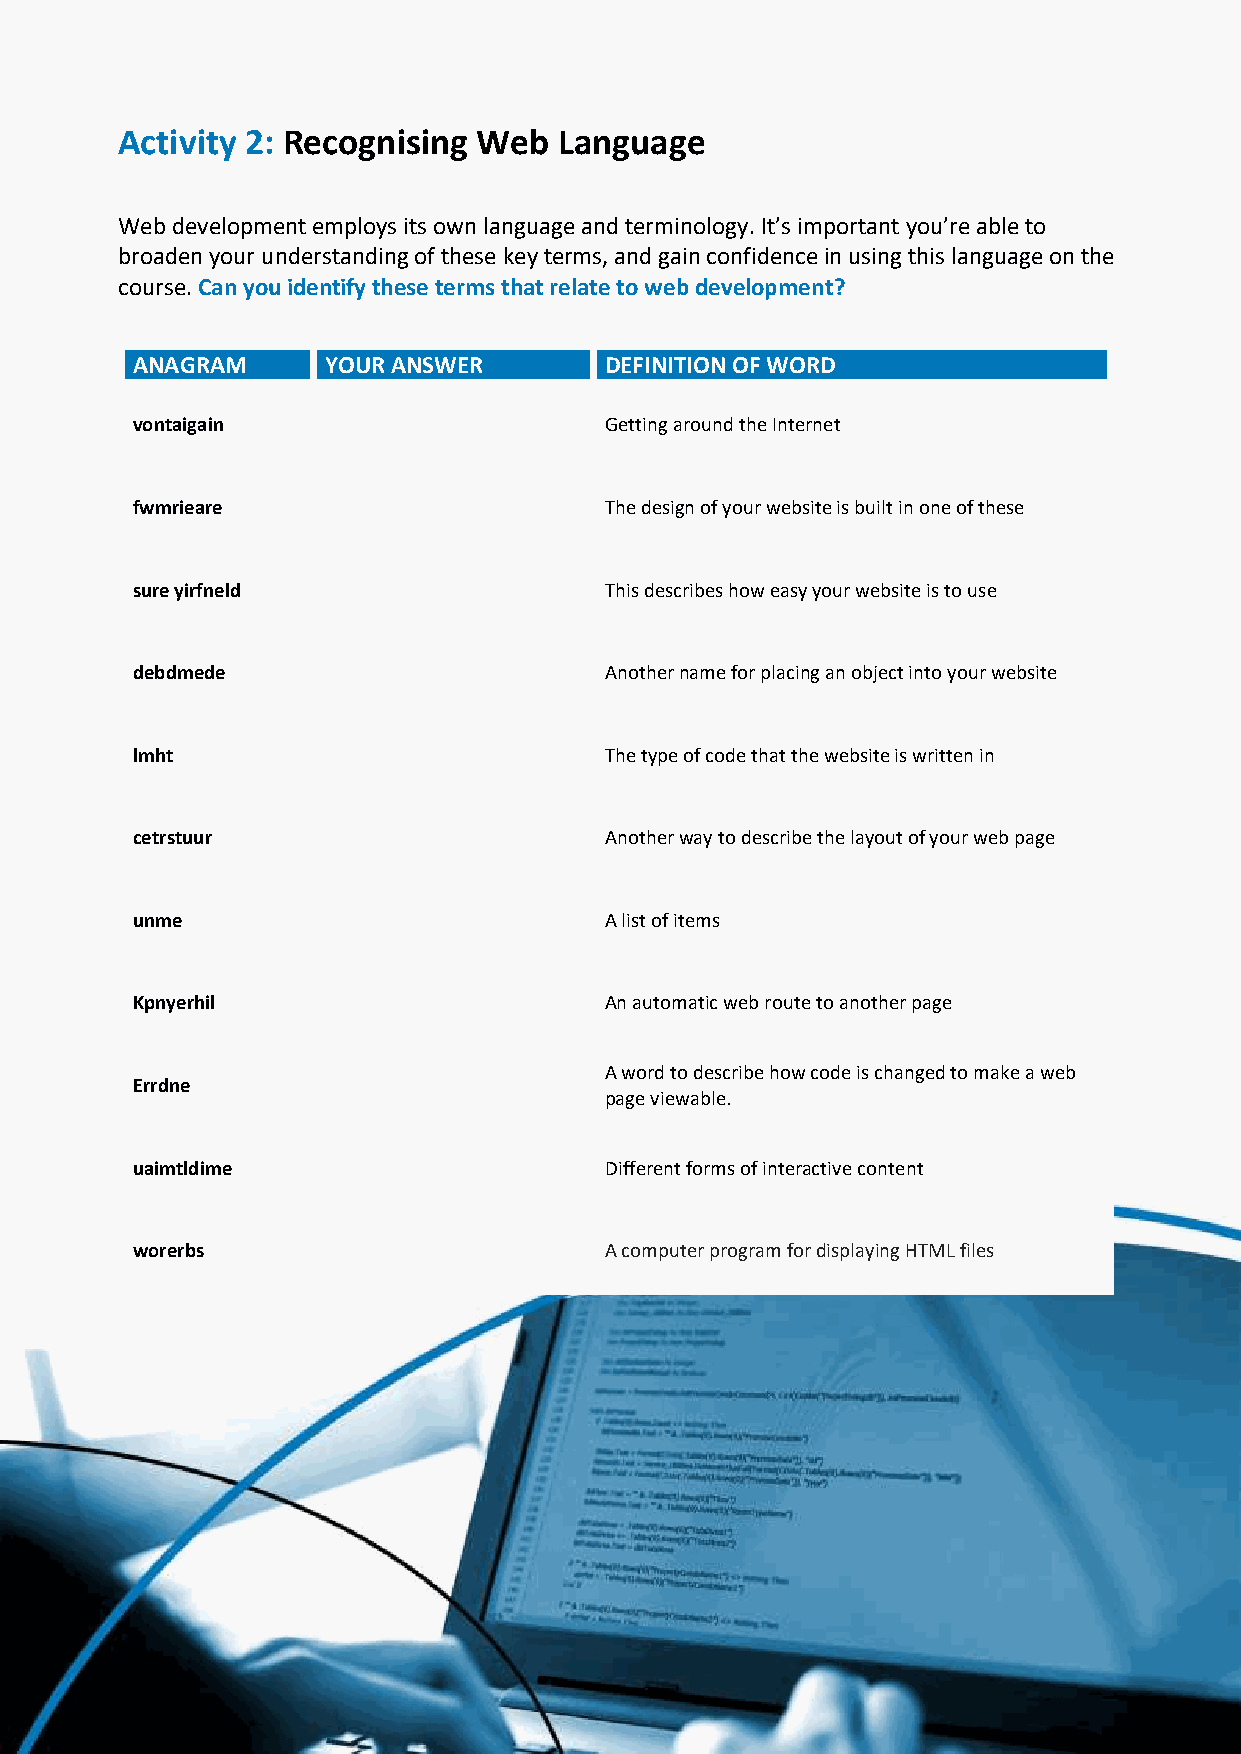
Activity 2: Recognising Web  Language
 Web development employs its own language and terminology. It’s important you’re able to
 broaden your understanding of these key terms, and gain confidence in using this language on the
 course. Can you identify these terms that relate to web development?
 ANAGRAM     YOUR ANSWER        DEFINITION OF WORD
 vontaigain                     Getting around the Internet
 fwmrieare                      The design of your website is built in one of these
 sure yirfneld                  This describes how easy your website is to use
 debdmede                       Another name for placing an object into your website
 lmht                           The type of code that the website is written in
 cetrstuur                      Another way to describe the layout of your web page
 unme                           A list of items
 Kpnyerhil                      An automatic web route to another page
 A word to describe how code is changed to make a web
 Errdne
 page viewable.
 uaimtldime                     Different forms of interactive content
 worerbs                        A computer program for displaying HTML files